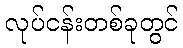
လုပ်ငန်းတစ်ခုတွင်